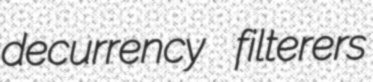
decurrency filterers